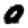
Digit: 0